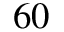
6 0